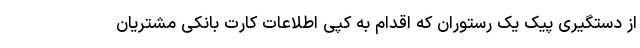
از دستگیری پیک یک رستوران که اقدام به کپی اطلاعات کارت بانکی مشتریان